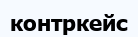
контркейс